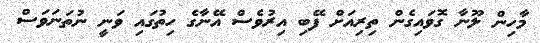
މާހިން ލޫނާ ގޮވައިގެން ތިރިއަށް ފޭބި އިރުވެސް އޭނާގެ ހިތުގައި ވަނީ ނުތަނަވަސް